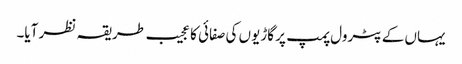
یہاں کے پٹرول پمپ پر گاڑیوں کی صفائی کا عجیب طریقہ نظر آیا۔